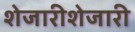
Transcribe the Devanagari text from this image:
शेजारीशेजारी